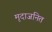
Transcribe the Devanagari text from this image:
मृदाजनित